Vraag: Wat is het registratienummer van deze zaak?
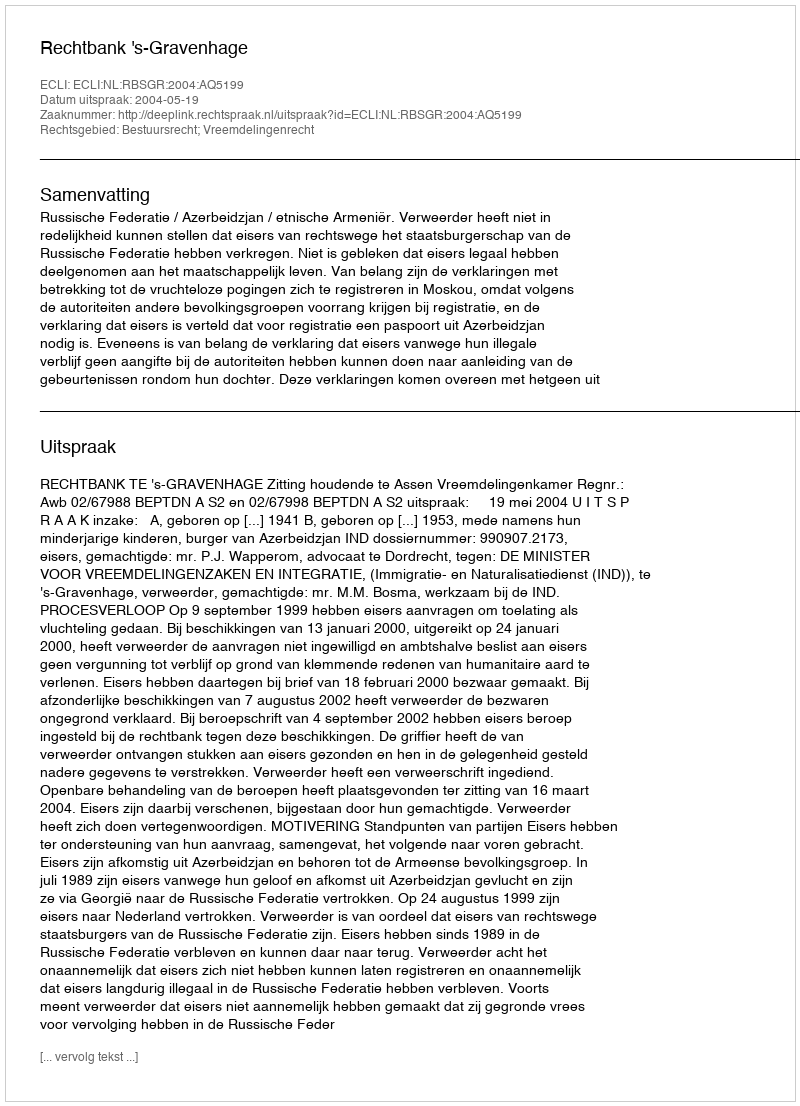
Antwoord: http://deeplink.rechtspraak.nl/uitspraak?id=ECLI:NL:RBSGR:2004:AQ5199